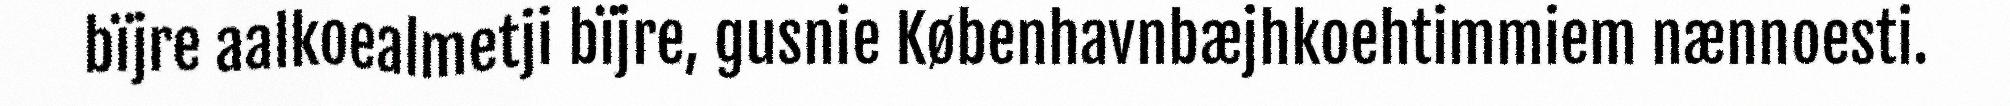
bïjre aalkoealmetji bïjre, gusnie Københavnbæjhkoehtimmiem nænnoesti.